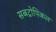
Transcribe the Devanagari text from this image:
सबट्रोपिकल